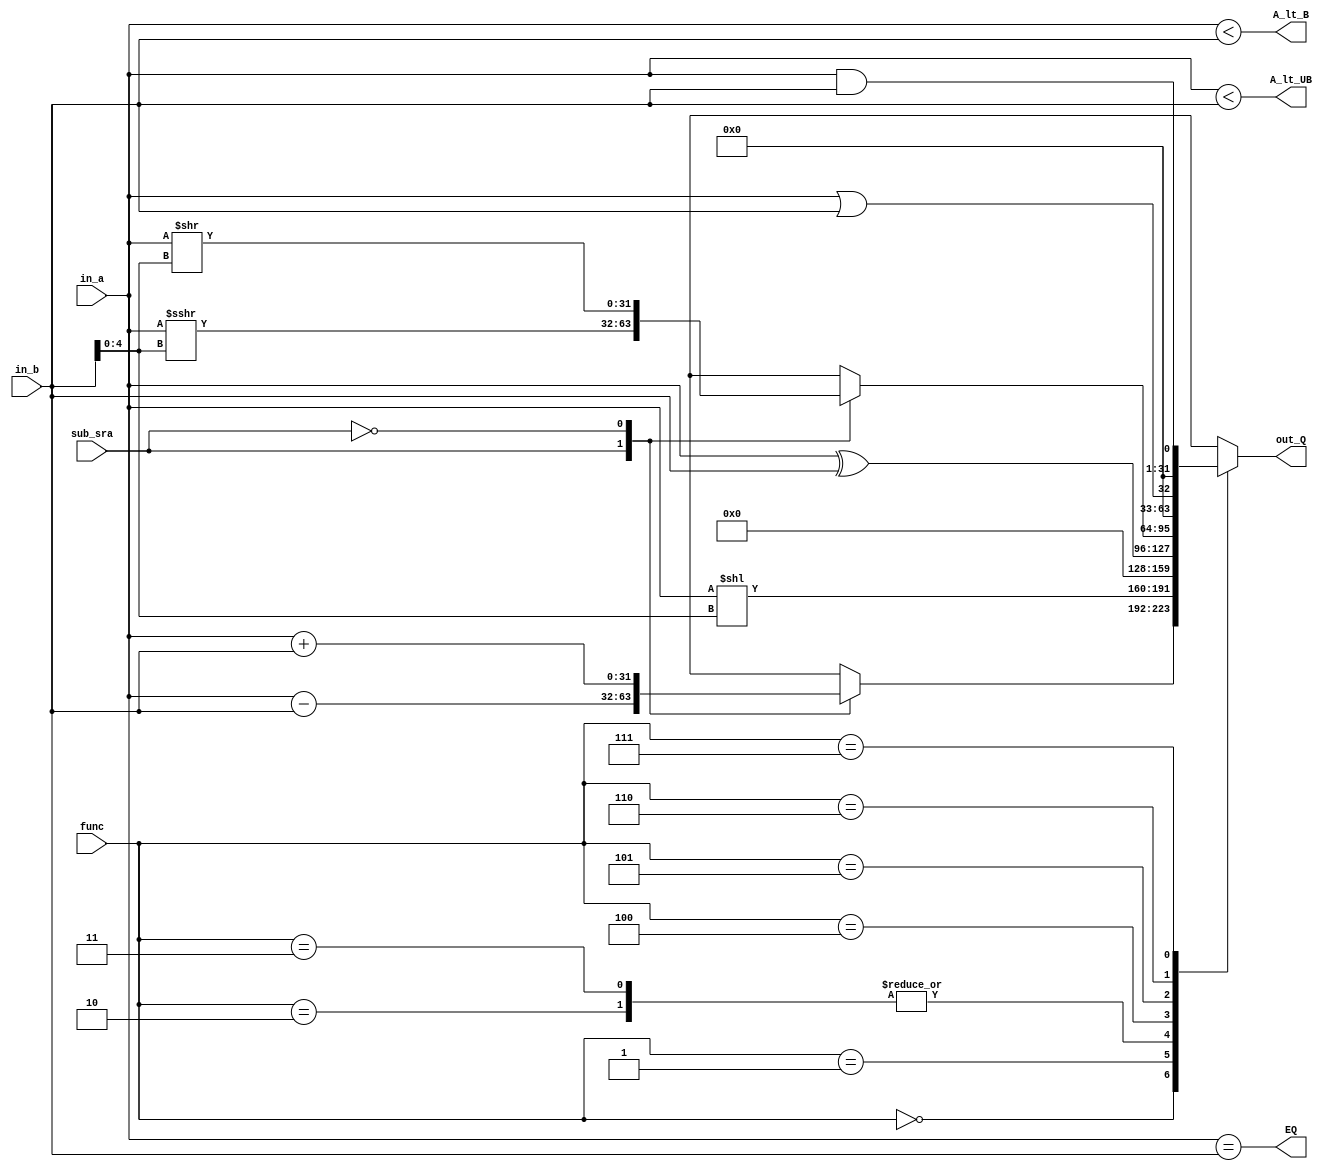
module alu(

	input		[31:0]	in_a,
	input		[31:0]	in_b,
	input		[2:0]		func,
	input					sub_sra,
	
	output	reg	[31:0]	out_Q,
	output				EQ,
	output				A_lt_B,
	output				A_lt_UB
);

wire signed [31:0] in_a_s;
wire signed [31:0] in_b_s;

assign in_a_s = in_a;
assign in_b_s = in_b;
assign EQ = (in_a == in_b);
assign A_lt_B = (in_a_s < in_b_s);
assign A_lt_UB = (in_a < in_b);

always @(*) begin
	case (func)
		3'b000	:	begin
			case (sub_sra)
				1'b1	:	out_Q = in_a_s - in_b_s; // SUB
				1'b0	:	out_Q = in_a_s + in_b_s; // ADD
			endcase
		end
		3'b001	:	out_Q = in_a << in_b[4:0]; // SLL
		3'b010	:	out_Q = (in_a_s < in_b_s) ? {31'b0,1'b0} : 32'b0; // SLT
		3'b011	:	out_Q = (in_a < in_b) ? {31'b0,1'b0} : 32'b0; // SLTU
		3'b100	:	out_Q = in_a ^ in_b; // XOR
		3'b101	:	begin
			case	(sub_sra)
				1'b1	:	out_Q = in_a_s >>> in_b_s[4:0]; // SRA
				1'b0	:	out_Q = in_a >> in_b[4:0]; // SRL
			endcase
		end
		3'b110	:	out_Q = in_a || in_b; // OR
		3'b111	:	out_Q = in_a && in_b; // AND
	endcase
end


endmodule